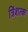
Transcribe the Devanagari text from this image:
त्रिंशत्क